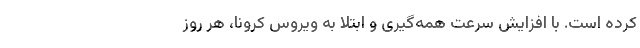
کرده است. با افزایش سرعت همه‌گیری و ابتلا به ویروس کرونا، هر روز